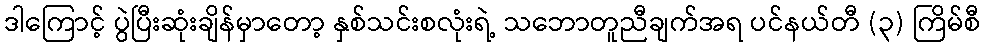
ဒါကြောင့် ပွဲပြီးဆုံးချိန်မှာတော့ နှစ်သင်းစလုံးရဲ့ သဘောတူညီချက်အရ ပင်နယ်တီ (၃) ကြိမ်စီ